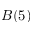
B ( 5 )